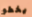
يخطو